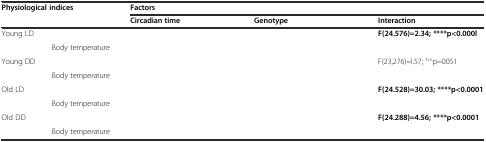
<table><thead><tr><td colspan="2" rowspan="2"><b>Physiological indices</b></td><td colspan="3"><b>Factors</b></td></tr><tr><td><b>Circadian time</b></td><td><b>Genotype</b></td><td><b>Interaction</b></td></tr></thead><tbody><tr><td rowspan="2">Young LD</td><td>[EMPTY_CELL]</td><td>[EMPTY_CELL]</td><td>[EMPTY_CELL]</td><td><b>F(24.576)=2.34; ****p&lt;0.000l</b></td></tr><tr><td>Body temperature</td><td>[EMPTY_CELL]</td><td>[EMPTY_CELL]</td><td>[EMPTY_CELL]</td></tr><tr><td rowspan="2">Young DD</td><td>[EMPTY_CELL]</td><td>[EMPTY_CELL]</td><td>[EMPTY_CELL]</td><td>F(23,276)=l.57; <sup>n.s.</sup>p=0051</td></tr><tr><td>Body temperature</td><td>[EMPTY_CELL]</td><td>[EMPTY_CELL]</td><td>[EMPTY_CELL]</td></tr><tr><td rowspan="2">Old LD</td><td>[EMPTY_CELL]</td><td>[EMPTY_CELL]</td><td>[EMPTY_CELL]</td><td><b>F(24.528)=30.03; ****p&lt;0.0001</b></td></tr><tr><td>Body temperature</td><td>[EMPTY_CELL]</td><td>[EMPTY_CELL]</td><td>[EMPTY_CELL]</td></tr><tr><td rowspan="2">Old DD</td><td>[EMPTY_CELL]</td><td>[EMPTY_CELL]</td><td>[EMPTY_CELL]</td><td><b>F(24.288)=4.56; ****p&lt;0.0001</b></td></tr><tr><td>Body temperature</td><td>[EMPTY_CELL]</td><td>[EMPTY_CELL]</td><td>[EMPTY_CELL]</td></tr></tbody></table>